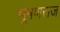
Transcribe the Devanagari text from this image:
भूषणराज